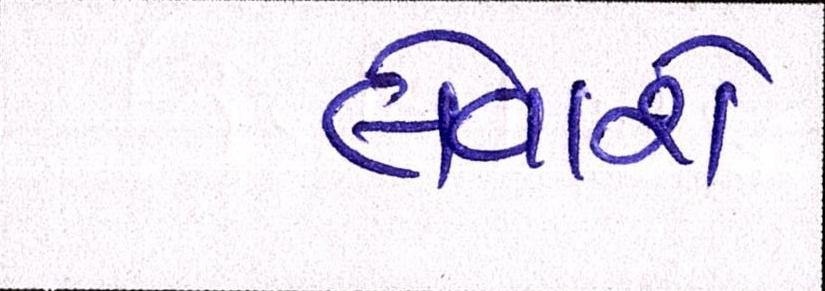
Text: લેવાશે